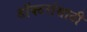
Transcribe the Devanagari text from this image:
डॉक्टरांसाठी